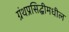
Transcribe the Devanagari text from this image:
ग्रंथप्रसिद्धीमधील